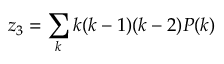
z _ { 3 } = \sum _ { k } k ( k - 1 ) ( k - 2 ) P ( k )